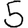
Digit: 5